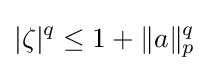
|\zeta |^{q}\leq 1+\|a\|_{p}^{q}